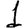
Digit: 1